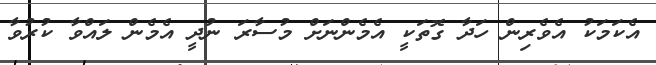
އެކަމަކު އެވެރިން ހަދާ ގޮތަކީ އެމެންނަށް މުސާރަ ނުދީ އެމެން ލައްވާ ކުރުވާ